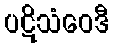
ပဋိသံဝေဒီ